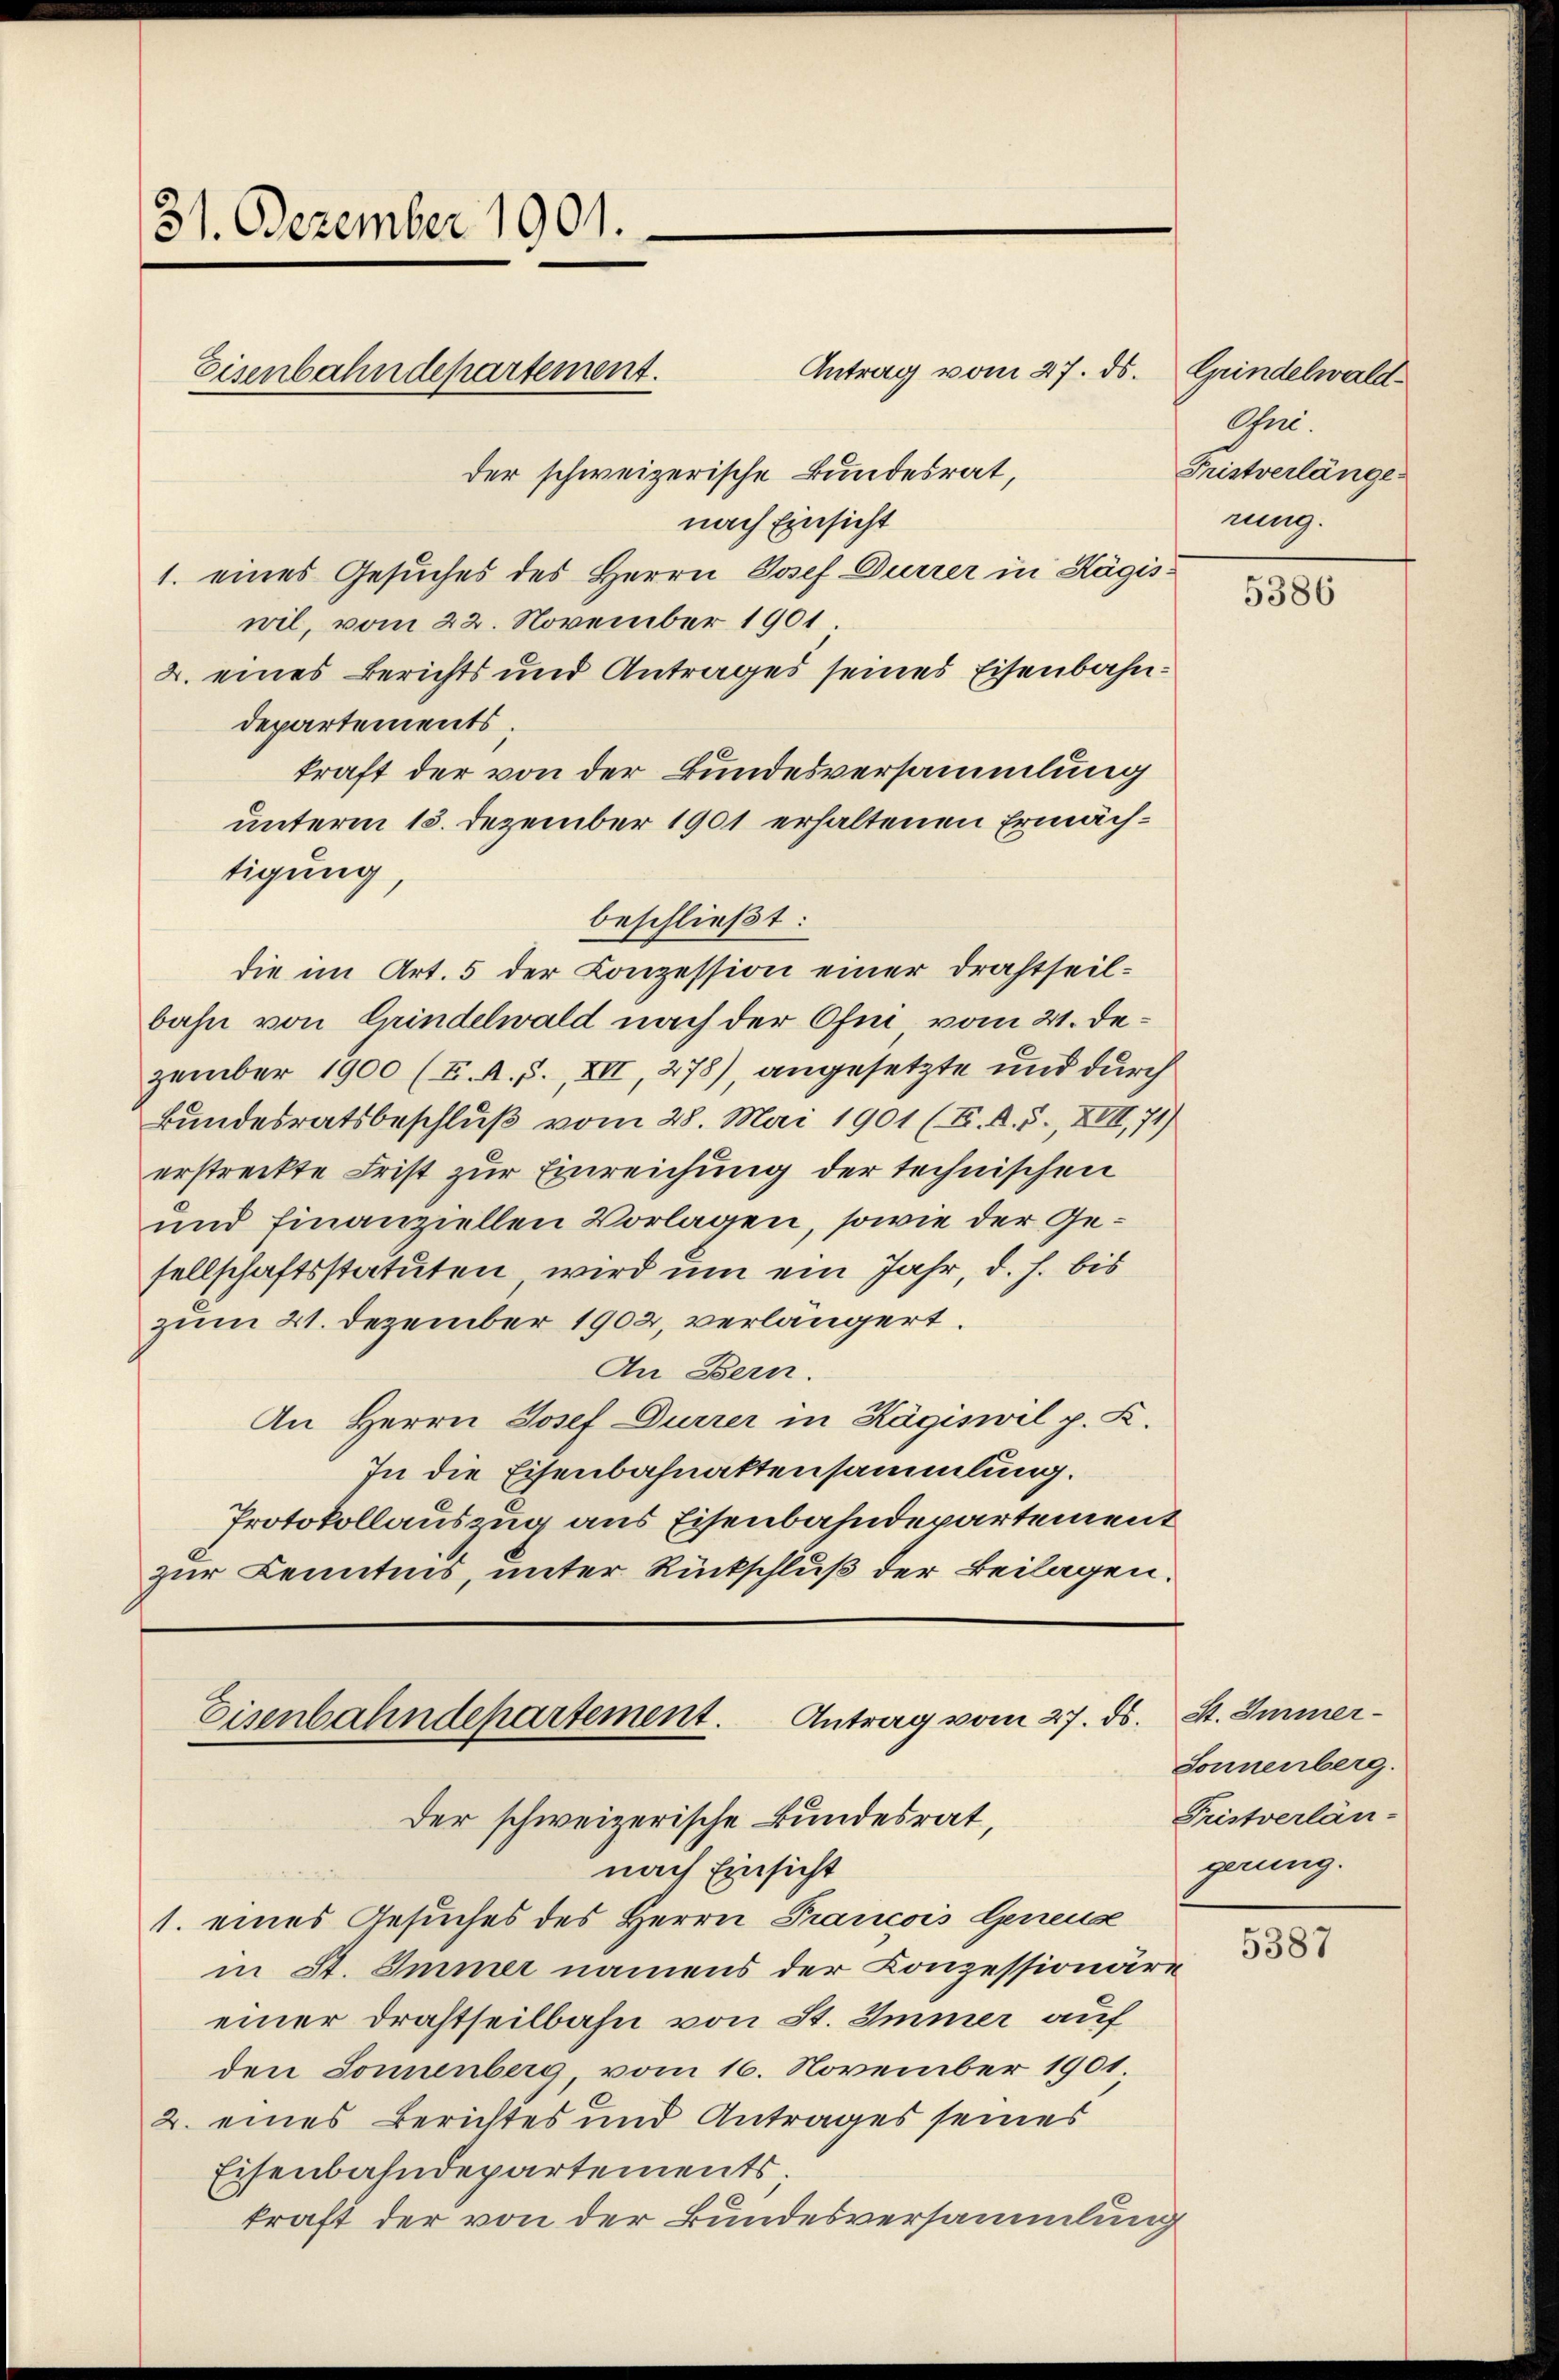
31. Dezember 1901.

Antrag vom 27. ds.
der schweizerische Bundesrat,
nach Einsicht
1. eines Gesuches des Herrn Josef Dürrer in Hägiswil, vom 22. November 1901
2. eines Berichts und Antrages seines Eisenbahndepartements.
kraft der von der Bundesversammlung
unterm 13. Dezember 1901 erhaltenen Ermächtigung
beschließt:
die im Art. 5 der Conzession einer Drahtheilbahn von Grindelwald nach der Ofni vom 21. Dezember 1900 (I. A. S., XII, 278), angesetzte und durch
Bundesratsbeschluß vom 28. Mai 1901 (K. A. S., XIII, 71)
erstreckte Frist zur Einreichung der technischen
und finanziellen Vorlagen, sowie der Gesellschaftsstatuten wird um ein Jahr, d. h. bis
zum 21. Dezember 1902, verlängert.
An Bern.
An Herrn Josef Dürrer in Hägiswil p. C.
In die Eisenbahnaktensammlung.
Protokollauszug aus Eisenbahndepartement
zur Kenntnis, unter Rückschluß der Beilagen.

Eisenbahndepartement.

Eisenbahndepartement. Antrag vom 27. ds. St. Immer¬

der schweizerische Bundesrat,
nach Einsicht
1. eines Gesuches des Herrn Prancois Geneus
in St. Immer namens der Conzessionäre
einer Drahtseilbahn von St. Immer auf
den Sonnenberg, vom 16. November 1901
2. eines Berichtes und Antrages seines
Eisenbahndepartements
kraft der von der Bundesversammlung

Grindelwald
Ani.
Fristverlänge
rung.

5386

Sonnenberg.
Fristverlän-
gerung.

5387